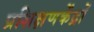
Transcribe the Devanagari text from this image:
प्रशिक्षणकेंद्रों